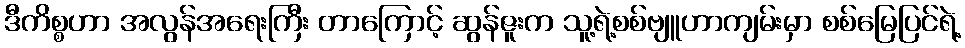
ဒီကိစ္စဟာ အလွန်အရေးကြီး တာကြောင့် ဆွန်ဇူးက သူ့ရဲ့စစ်ဗျူဟာကျမ်းမှာ စစ်မြေပြင်ရဲ့